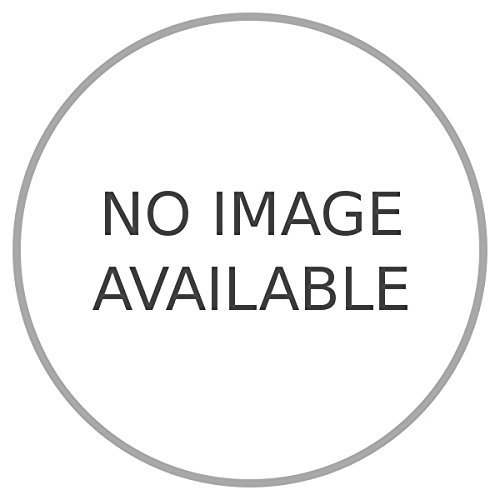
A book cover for Arte coloniale a Antigua Guatemala.; LEHMANN Henri -; Travel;